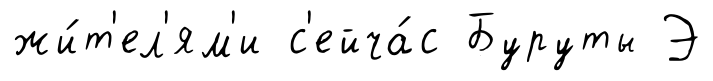
жи́т'ел'ям'и с'ейча́с Буруты Э